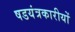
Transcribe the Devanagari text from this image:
षडयंत्रकारीयों